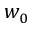
w _ { 0 }